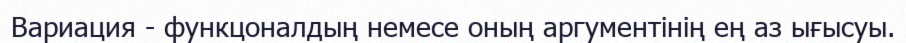
Вариация - функцоналдың немесе оның аргументінің ең аз ығысуы.